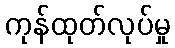
ကုန်ထုတ်လုပ်မှု